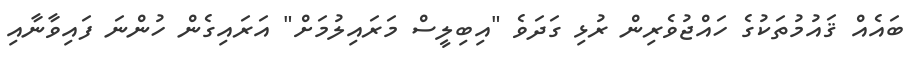
ބައެއް ޤައުމުތަކުގެ ހައްޖުވެރިން ރުޅި ގަދަވެ "އިބިލީސް މަރައިލުމަށް" އަރައިގެން ހުންނަ ފައިވާނާއި